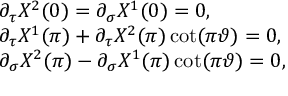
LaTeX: \begin{array} { l } { { \partial _ { \tau } X ^ { 2 } ( 0 ) = \partial _ { \sigma } X ^ { 1 } ( 0 ) = 0 , } } \\ { { \partial _ { \tau } X ^ { 1 } ( \pi ) + \partial _ { \tau } X ^ { 2 } ( \pi ) \cot ( \pi \vartheta ) = 0 , } } \\ { { \partial _ { \sigma } X ^ { 2 } ( \pi ) - \partial _ { \sigma } X ^ { 1 } ( \pi ) \cot ( \pi \vartheta ) = 0 , } } \end{array}